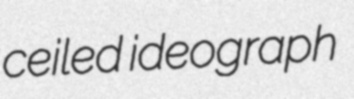
ceiled ideograph